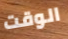
الوقت